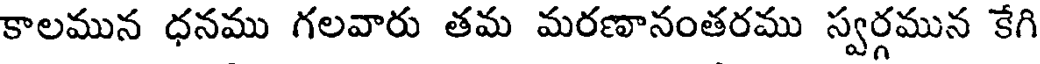
కాలమున ధనము గలవారు తమ మరణానంతరము స్వర్గమున కేగి